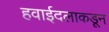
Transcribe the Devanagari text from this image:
हवाईदलाकडून